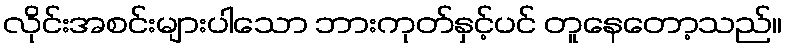
လိုင်းအစင်းများပါသော ဘားကုတ်နှင့်ပင် တူနေတော့သည်။